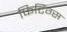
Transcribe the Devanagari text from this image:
फिटिंग्स